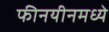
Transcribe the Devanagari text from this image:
फीनयीनमध्ये